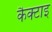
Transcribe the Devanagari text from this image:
कैक्टाइ